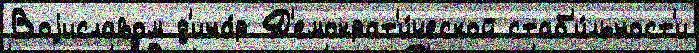
Воjиславом д'ина́р Д'емократ'и́ческой стаб'и́льност'и